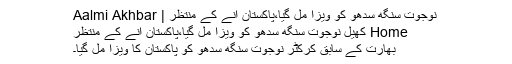
نوجوت سنگھ سدھو کو ویزا مل گیا،پاکستان آنے کے منتظر | Aalmi Akhbar
Home کھیل نوجوت سنگھ سدھو کو ویزا مل گیا،پاکستان آنے کے منتظر
بھارت کے سابق کرکٹر نوجوت سنگھ سدھو کو پاکستان کا ویزا مل گیا۔